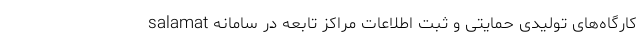
کارگاه‌های تولیدی حمایتی و ثبت اطلاعات مراکز تابعه در سامانه salamat